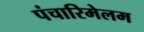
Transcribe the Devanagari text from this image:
पंचारिमेलम